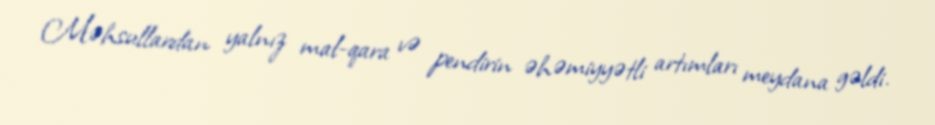
Məhsullardan yalnız mal-qara və pendirin əhəmiyyətli artımları meydana gəldi.